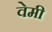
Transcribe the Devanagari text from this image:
वेमी